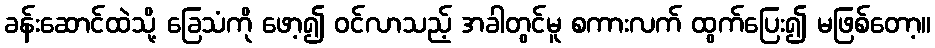
ခန်းဆောင်ထဲသို့ ခြေသံကို ဖော့၍ ဝင်လာသည့် အခါတွင်မူ စကားလက် ထွက်ပြေး၍ မဖြစ်တော့။